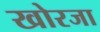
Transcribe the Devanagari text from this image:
खोरजा